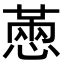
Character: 𢟮